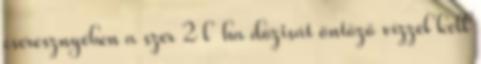
cseresznyében a szer 2 l ha dózisát öntöző vízzel kell